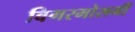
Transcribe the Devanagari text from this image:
बिगरमोसमी